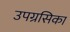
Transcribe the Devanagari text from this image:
उपग्रसिका